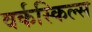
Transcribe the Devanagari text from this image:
वर्कस्किल्स